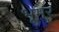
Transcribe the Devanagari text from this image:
भूमर